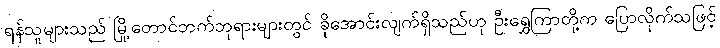
ရန်သူများသည် မြို့တောင်ဘက်ဘုရားများတွင် ခိုအောင်းလျက်ရှိသည်ဟု ဦးရွှေကြာတို့က ပြောလိုက်သဖြင့်